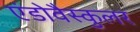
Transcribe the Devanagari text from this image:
एंडोवैस्कुलर